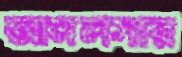
আমলসার